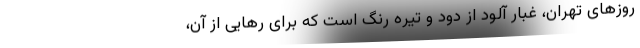
روزهای تهران، غبار آلود از دود و تیره رنگ است که برای رهایی از آن،